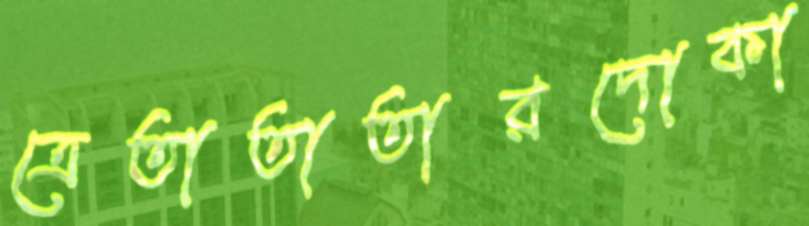
ত্রেতাতাতারদোকা